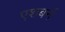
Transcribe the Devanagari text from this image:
एशबर्न